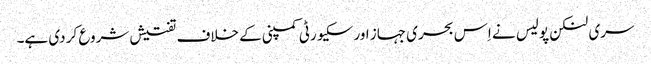
سری لنکن پولیس نے اِس بحری جہاز اور سکیورٹی کمپنی کے خلاف تفتیش شروع کر دی ہے۔